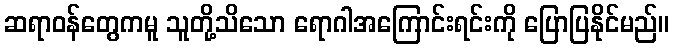
ဆရာဝန်တွေကမူ သူတို့သိသော ရောဂါအကြောင်းရင်းကို ပြောပြနိုင်မည်။